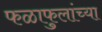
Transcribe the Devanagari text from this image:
फळाफुलांच्या